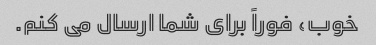
خوب، فوراً برای شما ارسال می کنم.